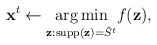
\begin{align*} \mathbf x^{t}\gets \underset{\mathbf z : \operatorname{supp}(\mathbf z) = \hat{S}^{t}}{\arg \min} f(\mathbf z),\end{align*}